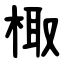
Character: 棷